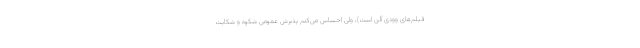
فیلم‌های وودی آلن است)، ولی احساس می‌کنم پذیرش عمومیِ شِکوه و شکایت